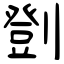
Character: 㔁